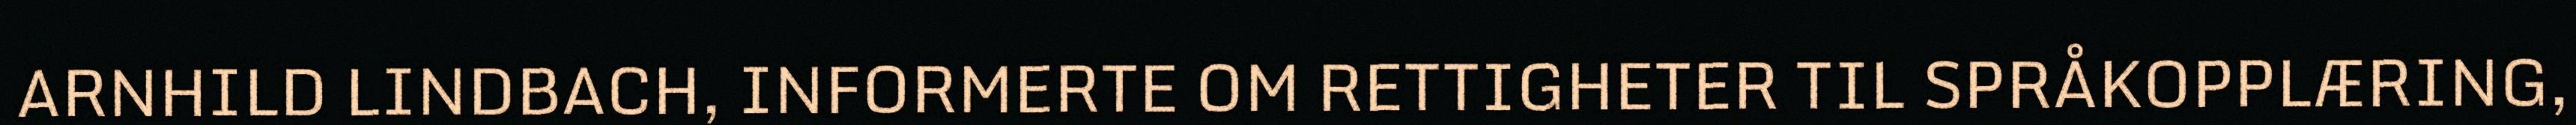
ARNHILD LINDBACH, INFORMERTE OM RETTIGHETER TIL SPRÅKOPPLÆRING,